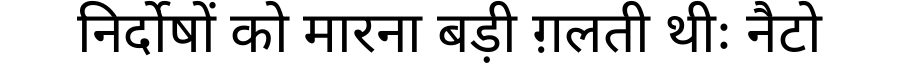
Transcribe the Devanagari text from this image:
निर्दोषों को मारना बड़ी ग़लती थीः नैटो